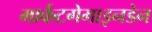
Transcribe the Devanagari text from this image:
मार्कटगेमाइनडेन